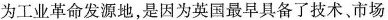
为工业革命发源地，是因为英国最早具备了技术、市场